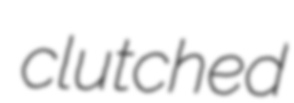
clutched